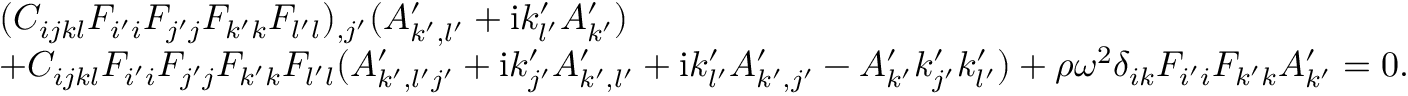
\begin{array} { r l } & { ( C _ { i j k l } F _ { i ^ { \prime } i } F _ { j ^ { \prime } j } F _ { k ^ { \prime } k } F _ { l ^ { \prime } l } ) _ { , j ^ { \prime } } ( A _ { k ^ { \prime } , l ^ { \prime } } ^ { \prime } + \mathrm { i } k _ { l ^ { \prime } } ^ { \prime } A _ { k ^ { \prime } } ^ { \prime } ) } \\ { \ \ \ } & { + C _ { i j k l } F _ { i ^ { \prime } i } F _ { j ^ { \prime } j } F _ { k ^ { \prime } k } F _ { l ^ { \prime } l } ( A _ { k ^ { \prime } , l ^ { \prime } j ^ { \prime } } ^ { \prime } + \mathrm { i } k _ { j ^ { \prime } } ^ { \prime } A _ { k ^ { \prime } , l ^ { \prime } } ^ { \prime } + \mathrm { i } k _ { l ^ { \prime } } ^ { \prime } A _ { k ^ { \prime } , j ^ { \prime } } ^ { \prime } - A _ { k ^ { \prime } } ^ { \prime } k _ { j ^ { \prime } } ^ { \prime } k _ { l ^ { \prime } } ^ { \prime } ) + \rho \omega ^ { 2 } \delta _ { i k } F _ { i ^ { \prime } i } F _ { k ^ { \prime } k } A _ { k ^ { \prime } } ^ { \prime } = 0 . } \end{array}